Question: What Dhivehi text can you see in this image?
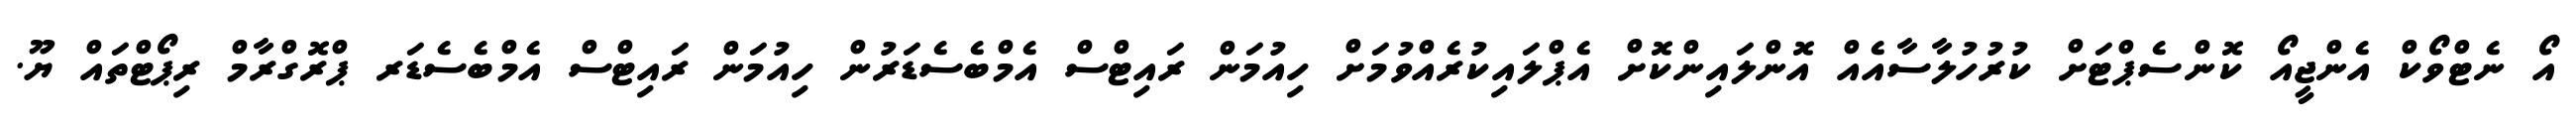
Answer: އޯ ނެޓްވޯކް އެންޖީއޯ ކޮންސެޕްޓަށް ކުރުހުލާސާއެއް އޮންލައިންކޮށް އެޕްލައިކުރެއްވުމަށް ހިއުމަން ރައިޓްސް އެމްބެސެޑަރުން ހިއުމަން ރައިޓްސް އެމްބެސެޑަރ ޕްރޮގްރާމް ރިޕޯޓްތައް ޔޫ.